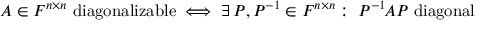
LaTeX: A \in F ^ { n \times n } { \mathrm { ~ d i a g o n a l i z a b l e } } \iff \exists \, P , P ^ { - 1 } \in F ^ { n \times n } : \; P ^ { - 1 } \! A P { \mathrm { ~ d i a g o n a l } }